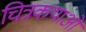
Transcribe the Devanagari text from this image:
चित्रकथाओ